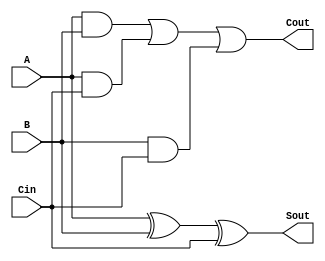
module full_adder (A, B, Cin, Sout, Cout);
	input A, B, Cin;
	output Cout, Sout;
	assign Cout = (A & B) | (A & Cin) | (B & Cin);
	assign Sout = A ^ B ^ Cin;
endmodule